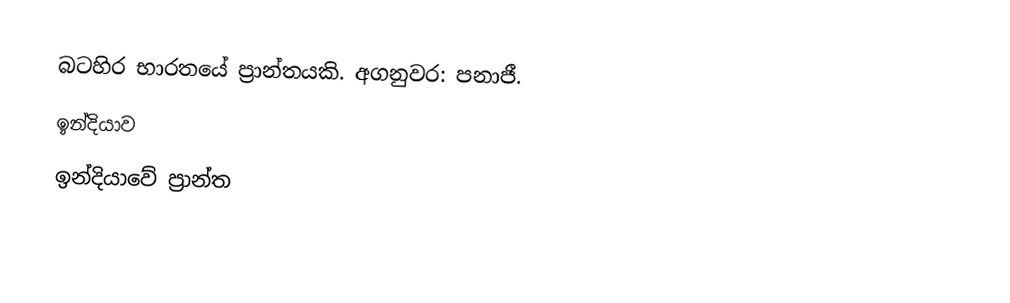
බටහිර භාරතයේ ප්‍රාන්තයකි. අගනුවර: පනාජී.
ඉන්දියාව
ඉන්දියාවේ ප්‍රාන්ත